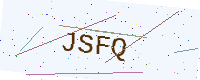
Text: JSFQ